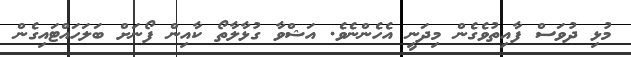
މުޅި ދުވަސް ފާއިތުވެގެން މިދަނީ އެހެންނެވެ. އަޝްވާ ގުޅާލާތޯ ކާއިން ފޯނަށް ބަލަހައްޓައިގެން